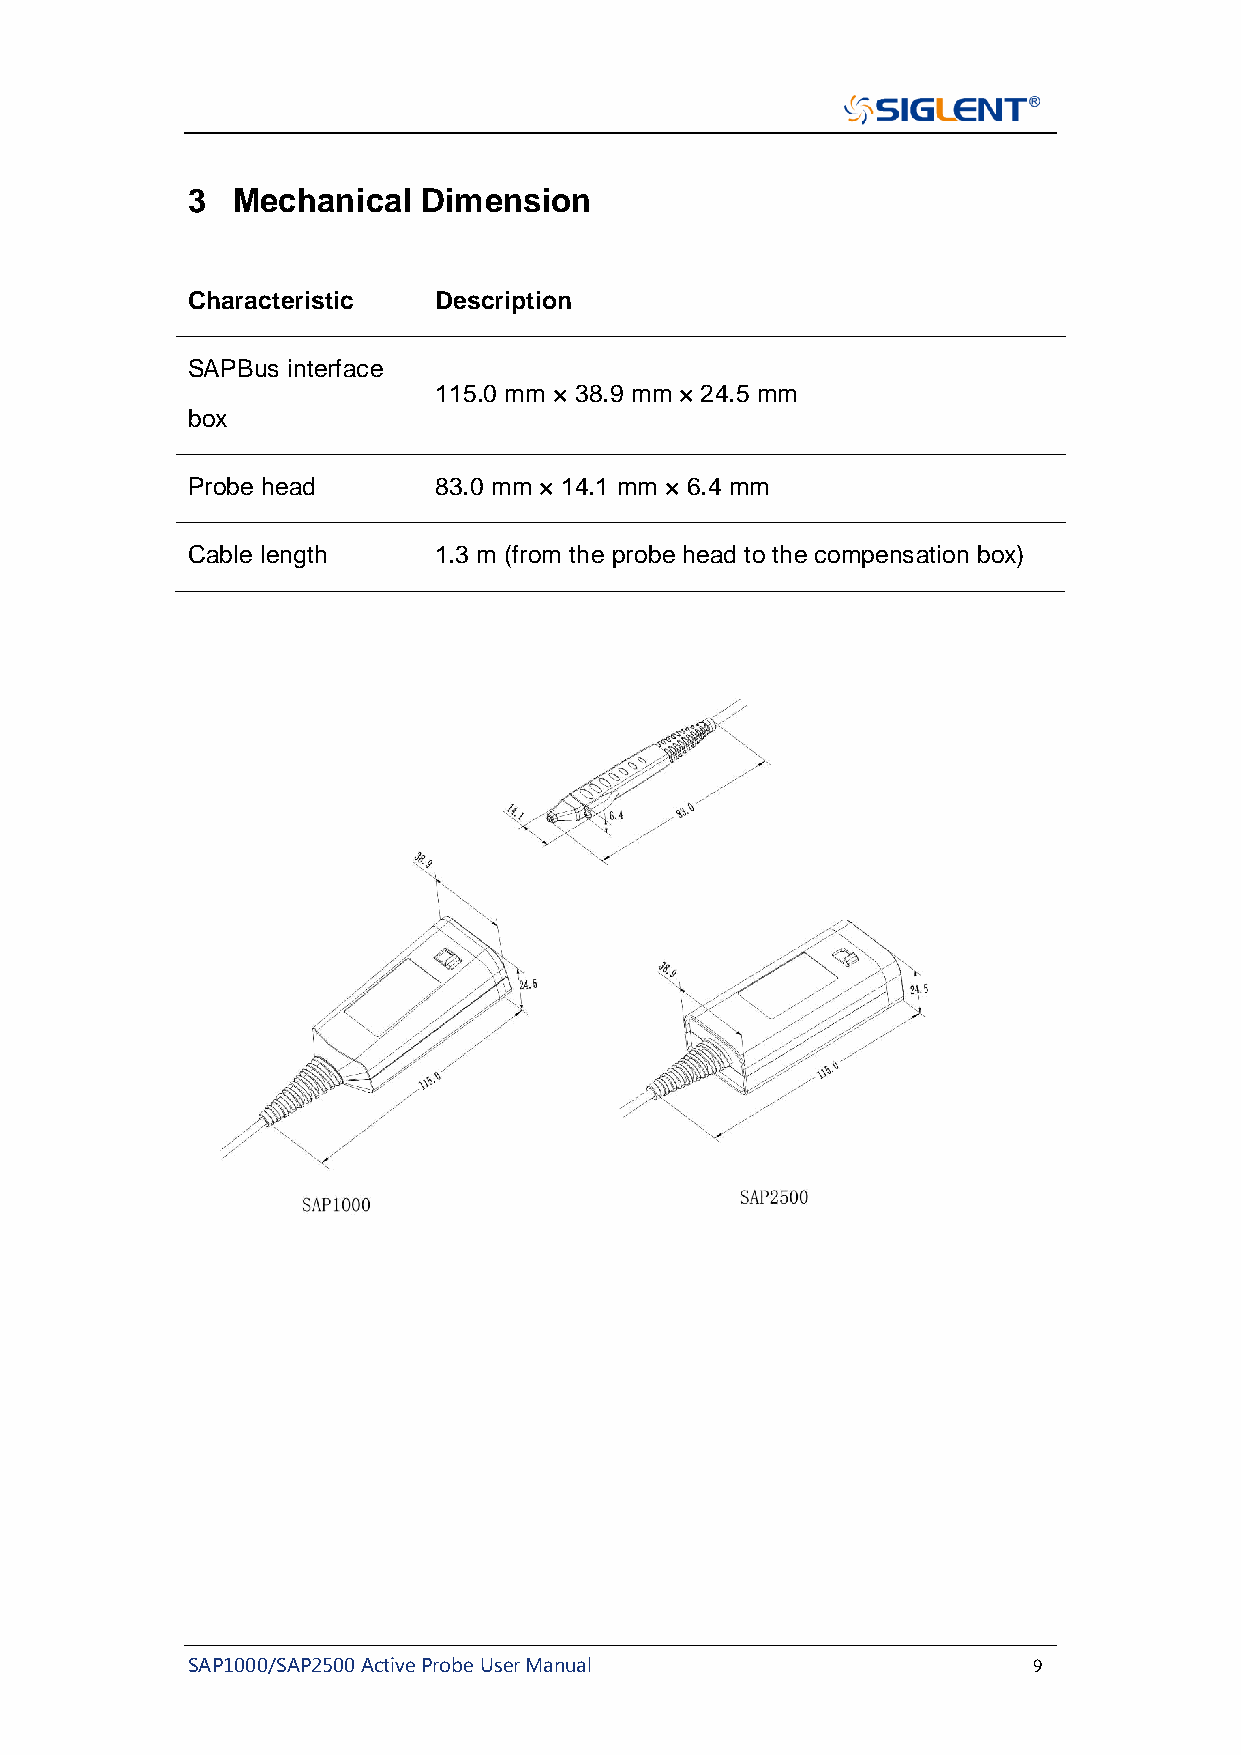
3  Mechanical   Dimension
 Characteristic   Description
 SAPBus interface
 115.0 mm × 38.9 mm × 24.5 mm
 box
 Probe head       83.0 mm × 14.1 mm × 6.4 mm
 Cable length     1.3 m (from the probe head to the compensation box)
 SAP1000/SAP2500 Active Probe User Manual                9